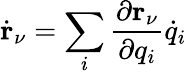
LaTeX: \dot{\mathbf{r}}_{\nu}=\sum_{i}\frac{\partial\mathbf{r}_{\nu}}{\partial q_{i}}\dot{q}_{i}